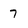
Character: 7